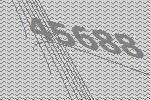
45688